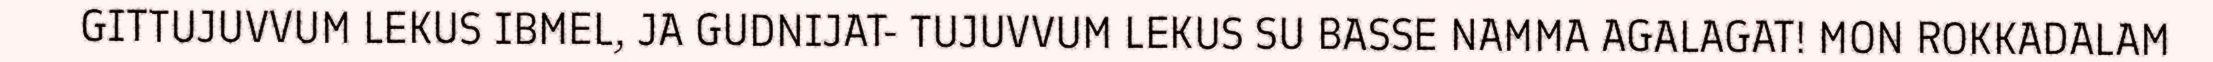
GITTUJUVVUM LEKUS IBMEL, JA GUDNIJAT- TUJUVVUM LEKUS SU BASSE NAMMA AGALAGAT! MON ROKKADALAM